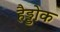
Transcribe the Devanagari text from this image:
हैड्डोक